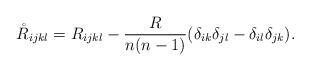
LaTeX: \begin{align*}\mathring{R}_{ijkl}={R}_{ijkl}-\frac{R}{n(n-1)}(\delta_{ik}\delta_{jl}-\delta_{il}\delta_{jk}).\end{align*}